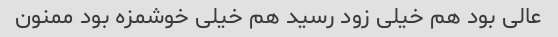
عالی بود هم خیلی زود رسید هم خیلی خوشمزه بود ممنون